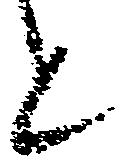
と